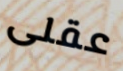
عقلى